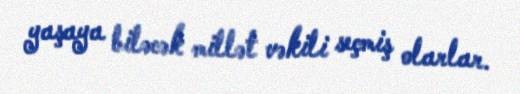
yaşaya biləcək millət vəkili seçmiş olarlar.